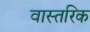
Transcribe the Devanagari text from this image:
वास्तरिक